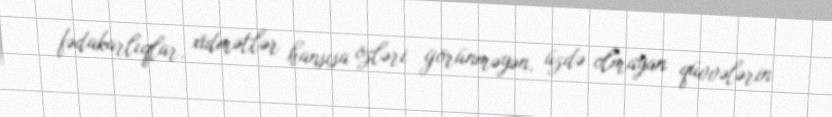
fədakarlıqlar, xidmətlər hansısa özləri görünməyən, üzdə olmayan qüvvələrin